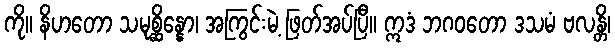
ကို။ နိဟတော သမုစ္ဆိန္နော၊ အကြွင်းမဲ့ ဖြတ်အပ်ပြီ။ ဣဒံ ဘဂဝတော ဒသမံ ဗလန္တိ၊